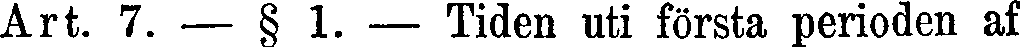
Art. 7. — § 1. — Tiden uti första perioden af